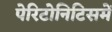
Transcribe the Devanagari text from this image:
पेरिटोनिटिसमें